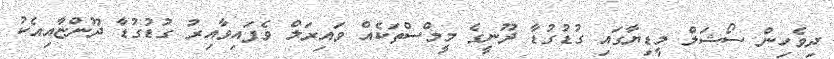
ދިވެހިން ސޯޝަލް މީޑިޔާގައި ގުޑުގުޑާ ދޫނީގެ މީމްސްތަކެއް ވައިރަލް ވެފައިވާއިރު ގުޑުގުޑާ ދޫންޏާއިއެކު